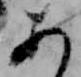
あ